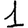
Digit: 1